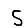
Digit: 5